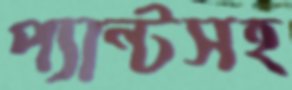
প্যান্টসহ